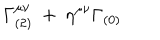
\Gamma _ { ( 2 ) } ^ { \mu \nu } ~ + ~ \eta ^ { \mu \nu } \Gamma _ { ( 0 ) }